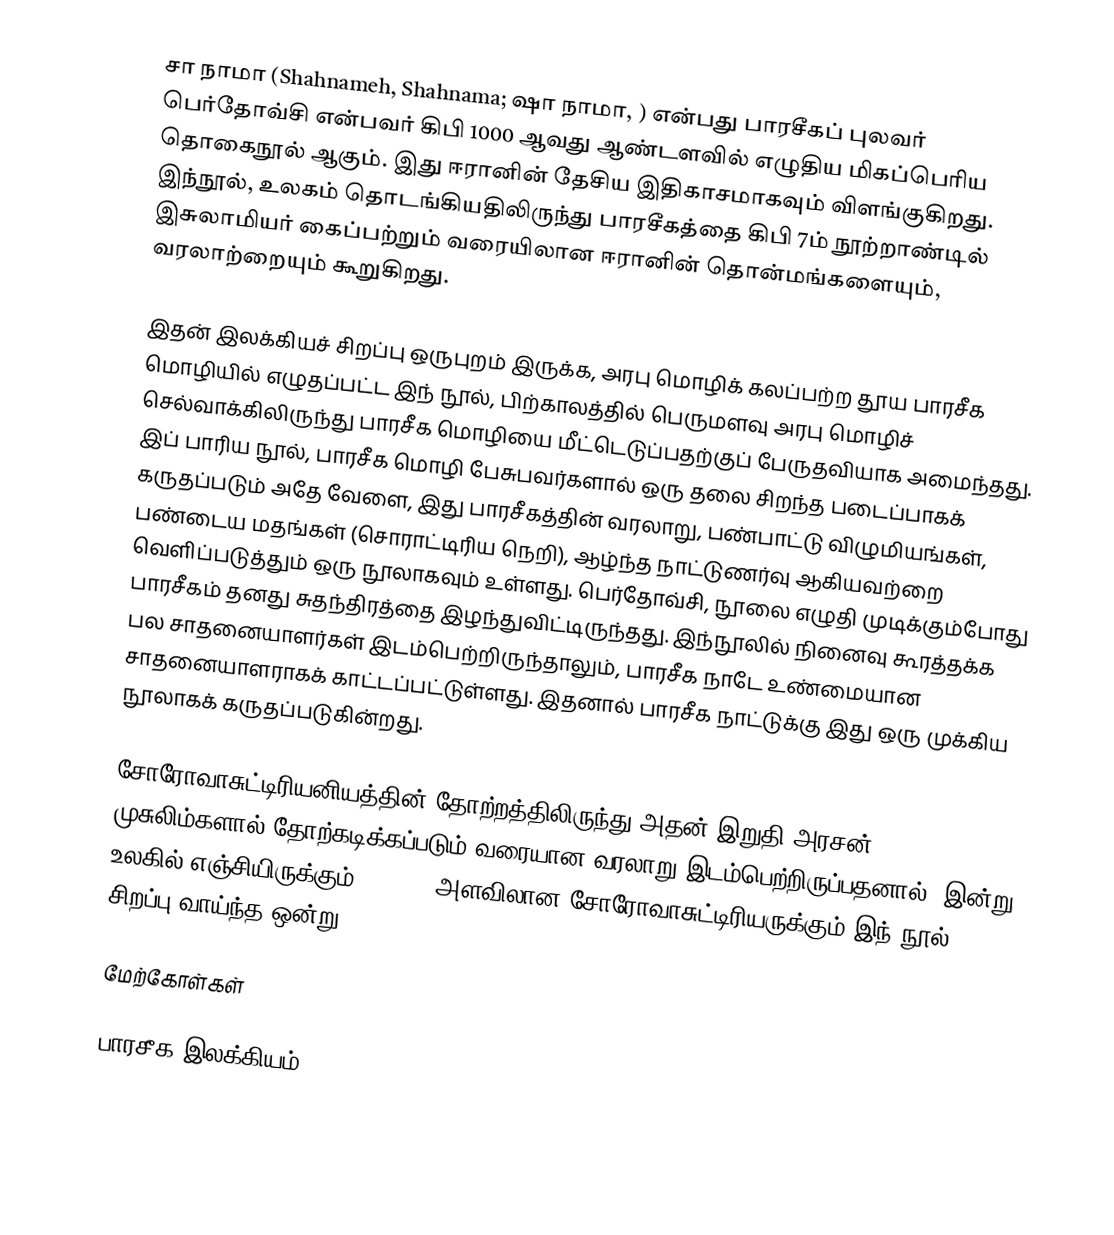
சா நாமா (Shahnameh, Shahnama; ஷா நாமா, ) என்பது பாரசீகப் புலவர் பெர்தோவ்சி என்பவர் கிபி 1000 ஆவது ஆண்டளவில் எழுதிய மிகப்பெரிய தொகைநூல் ஆகும். இது ஈரானின் தேசிய இதிகாசமாகவும் விளங்குகிறது. இந்நூல், உலகம் தொடங்கியதிலிருந்து பாரசீகத்தை கிபி 7ம் நூற்றாண்டில் இசுலாமியர் கைப்பற்றும் வரையிலான ஈரானின் தொன்மங்களையும், வரலாற்றையும் கூறுகிறது.

இதன் இலக்கியச் சிறப்பு ஒருபுறம் இருக்க, அரபு மொழிக் கலப்பற்ற தூய பாரசீக மொழியில் எழுதப்பட்ட இந் நூல், பிற்காலத்தில் பெருமளவு அரபு மொழிச் செல்வாக்கிலிருந்து பாரசீக மொழியை மீட்டெடுப்பதற்குப் பேருதவியாக அமைந்தது. இப் பாரிய நூல், பாரசீக மொழி பேசுபவர்களால் ஒரு தலை சிறந்த படைப்பாகக் கருதப்படும் அதே வேளை, இது பாரசீகத்தின் வரலாறு, பண்பாட்டு விழுமியங்கள், பண்டைய மதங்கள் (சொராட்டிரிய நெறி), ஆழ்ந்த நாட்டுணர்வு ஆகியவற்றை வெளிப்படுத்தும் ஒரு நூலாகவும் உள்ளது. பெர்தோவ்சி, நூலை எழுதி முடிக்கும்போது பாரசீகம் தனது சுதந்திரத்தை இழந்துவிட்டிருந்தது. இந்நூலில் நினைவு கூரத்தக்க பல சாதனையாளர்கள் இடம்பெற்றிருந்தாலும், பாரசீக நாடே உண்மையான சாதனையாளராகக் காட்டப்பட்டுள்ளது. இதனால் பாரசீக நாட்டுக்கு இது ஒரு முக்கிய நூலாகக் கருதப்படுகின்றது.

சோரோவாசுட்டிரியனியத்தின் தோற்றத்திலிருந்து அதன் இறுதி அரசன் முசுலிம்களால் தோற்கடிக்கப்படும் வரையான வரலாறு இடம்பெற்றிருப்பதனால், இன்று உலகில் எஞ்சியிருக்கும் 200,000 அளவிலான சோரோவாசுட்டிரியருக்கும் இந் நூல் சிறப்பு வாய்ந்த ஒன்று.

மேற்கோள்கள்

பாரசீக இலக்கியம்